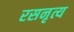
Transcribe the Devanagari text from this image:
रसनृत्य